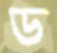
ড